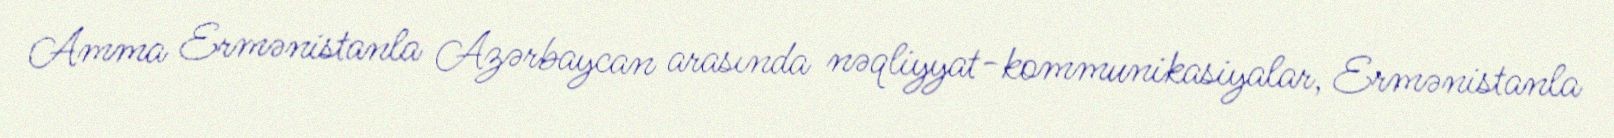
Amma Ermənistanla Azərbaycan arasında nəqliyyat-kommunikasiyalar, Ermənistanla